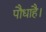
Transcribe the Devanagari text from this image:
पौधाहै।